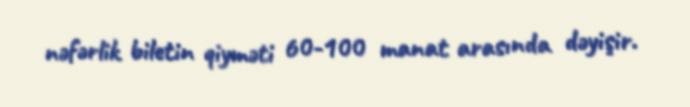
nəfərlik biletin qiyməti 60-100 manat arasında dəyişir.